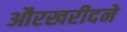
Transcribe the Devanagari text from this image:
औरखरीदने